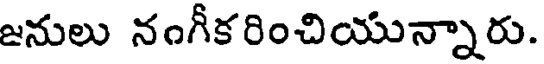
జనులు నంగీకరించియున్నారు.